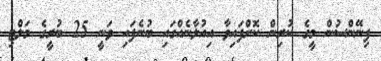
ފިނޭންސުން މީގެ ކުރިން ކޮށްފައިވާ އިއުލާނެއްގައި ބުނެފައި ވަނީ 25 ބުރީގެ މަލްޓި